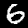
Digit: 6